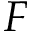
F